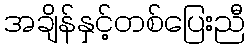
အချိန်နှင့်တစ်ပြေးညီ